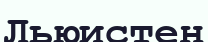
Льюистен